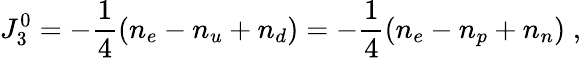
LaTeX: J_{3}^{0}=-\frac{1}{4}(n_{e}-n_{u}+n_{d})=-\frac{1}{4}(n_{e}-n_{p}+n_{n})\; ,